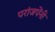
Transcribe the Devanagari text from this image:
परांजपेंनी